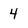
Character: 4